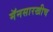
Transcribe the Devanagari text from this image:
मॅनसारखीच